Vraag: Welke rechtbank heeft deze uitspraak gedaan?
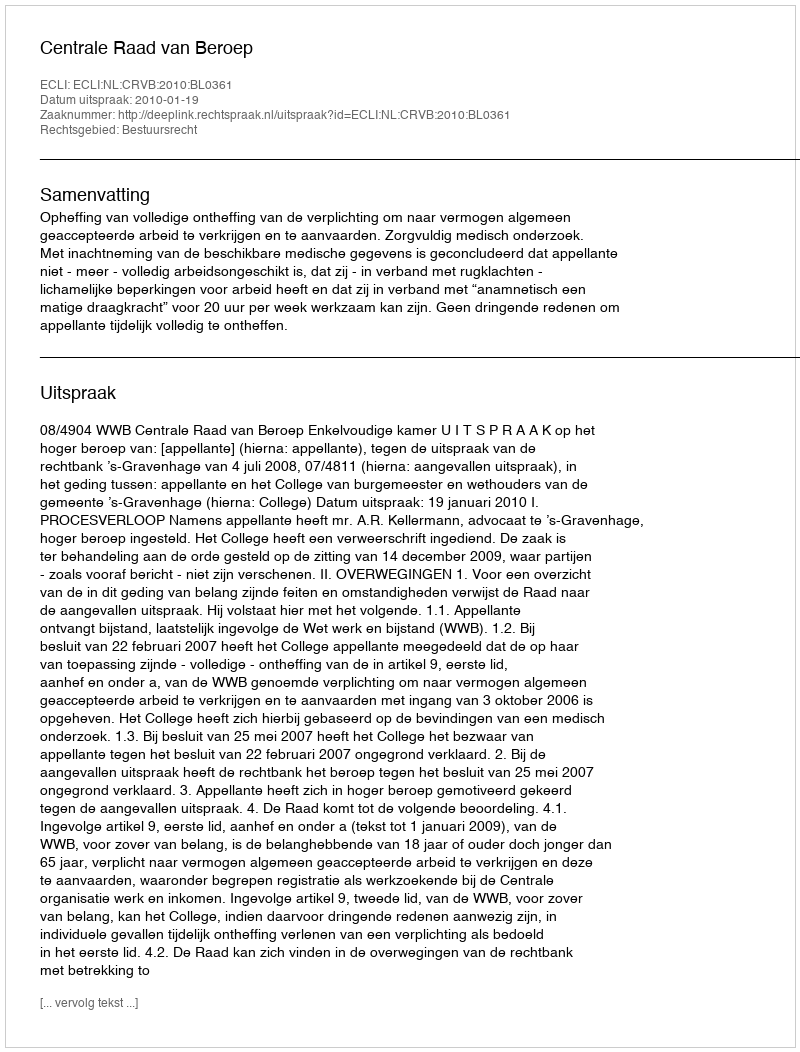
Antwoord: Centrale Raad van Beroep